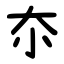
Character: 夵